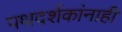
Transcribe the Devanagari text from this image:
पथदर्शकांनाही